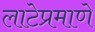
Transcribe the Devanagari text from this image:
लाटेप्रमाणे